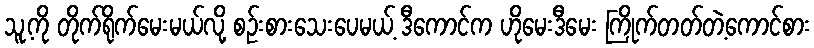
သူ့ကို တိုက်ရိုက်မေးမယ်လို့ စဉ်းစားသေးပေမယ့် ဒီကောင်က ဟိုမေးဒီမေး ကြိုက်တတ်တဲ့ကောင်စား